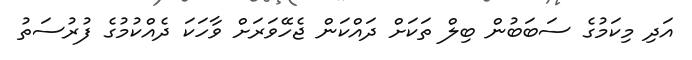
އަދި މިކަމުގެ ސަބަބުން ބިލް ތަކަށް ދައްކަން ޖެހޭވަރަށް ވާހަކަ ދެއްކުމުގެ ފުރުސަތު